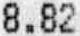
8.82